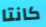
كانتا